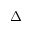
\Delta